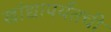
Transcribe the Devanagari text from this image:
खांद्यापर्यंतची